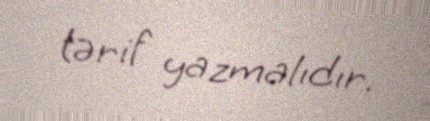
tərif yazmalıdır.